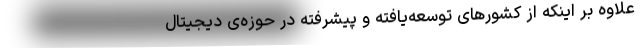
علاوه بر اینکه از کشورهای توسعه‌یافته و پیشرفته در حوزه‌ی دیجیتال